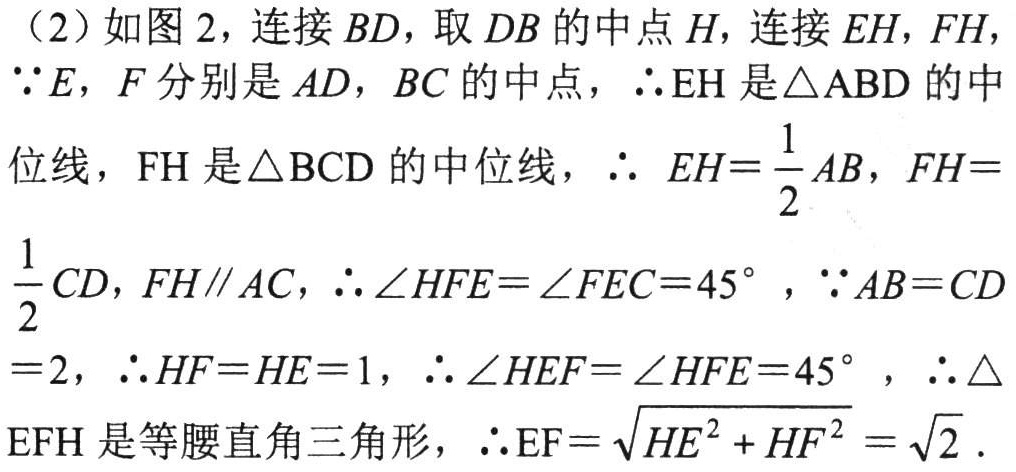
（2）如图2，连接 \(BD\)，取 \(DB\)的中点 \(H\)，连接 \(EH\)，\(FH\)，
\(\because E\)，\(F\)分别是 \(AD\)，\(BC\)的中点，\(\therefore EH\)是\(\triangle ABD\)的中
位线，\(FH\)是\(\triangle BCD\)的中位线，\(\therefore EH = \frac{1}{2}AB\)，\(FH = \)
\(\frac{1}{2}CD\)，\(FH\parallel AC\)，\(\therefore\angle HFE=\angle FEC = 45^{\circ}\)，\(\because AB = CD\)
\(= 2\)，\(\therefore HF = HE = 1\)，\(\therefore\angle HEF=\angle HFE = 45^{\circ}\) ，\(\therefore\triangle\)
\(EFH\)是等腰直角三角形，\(\therefore EF=\sqrt{HE^{2}+HF^{2}}=\sqrt{2}\)．